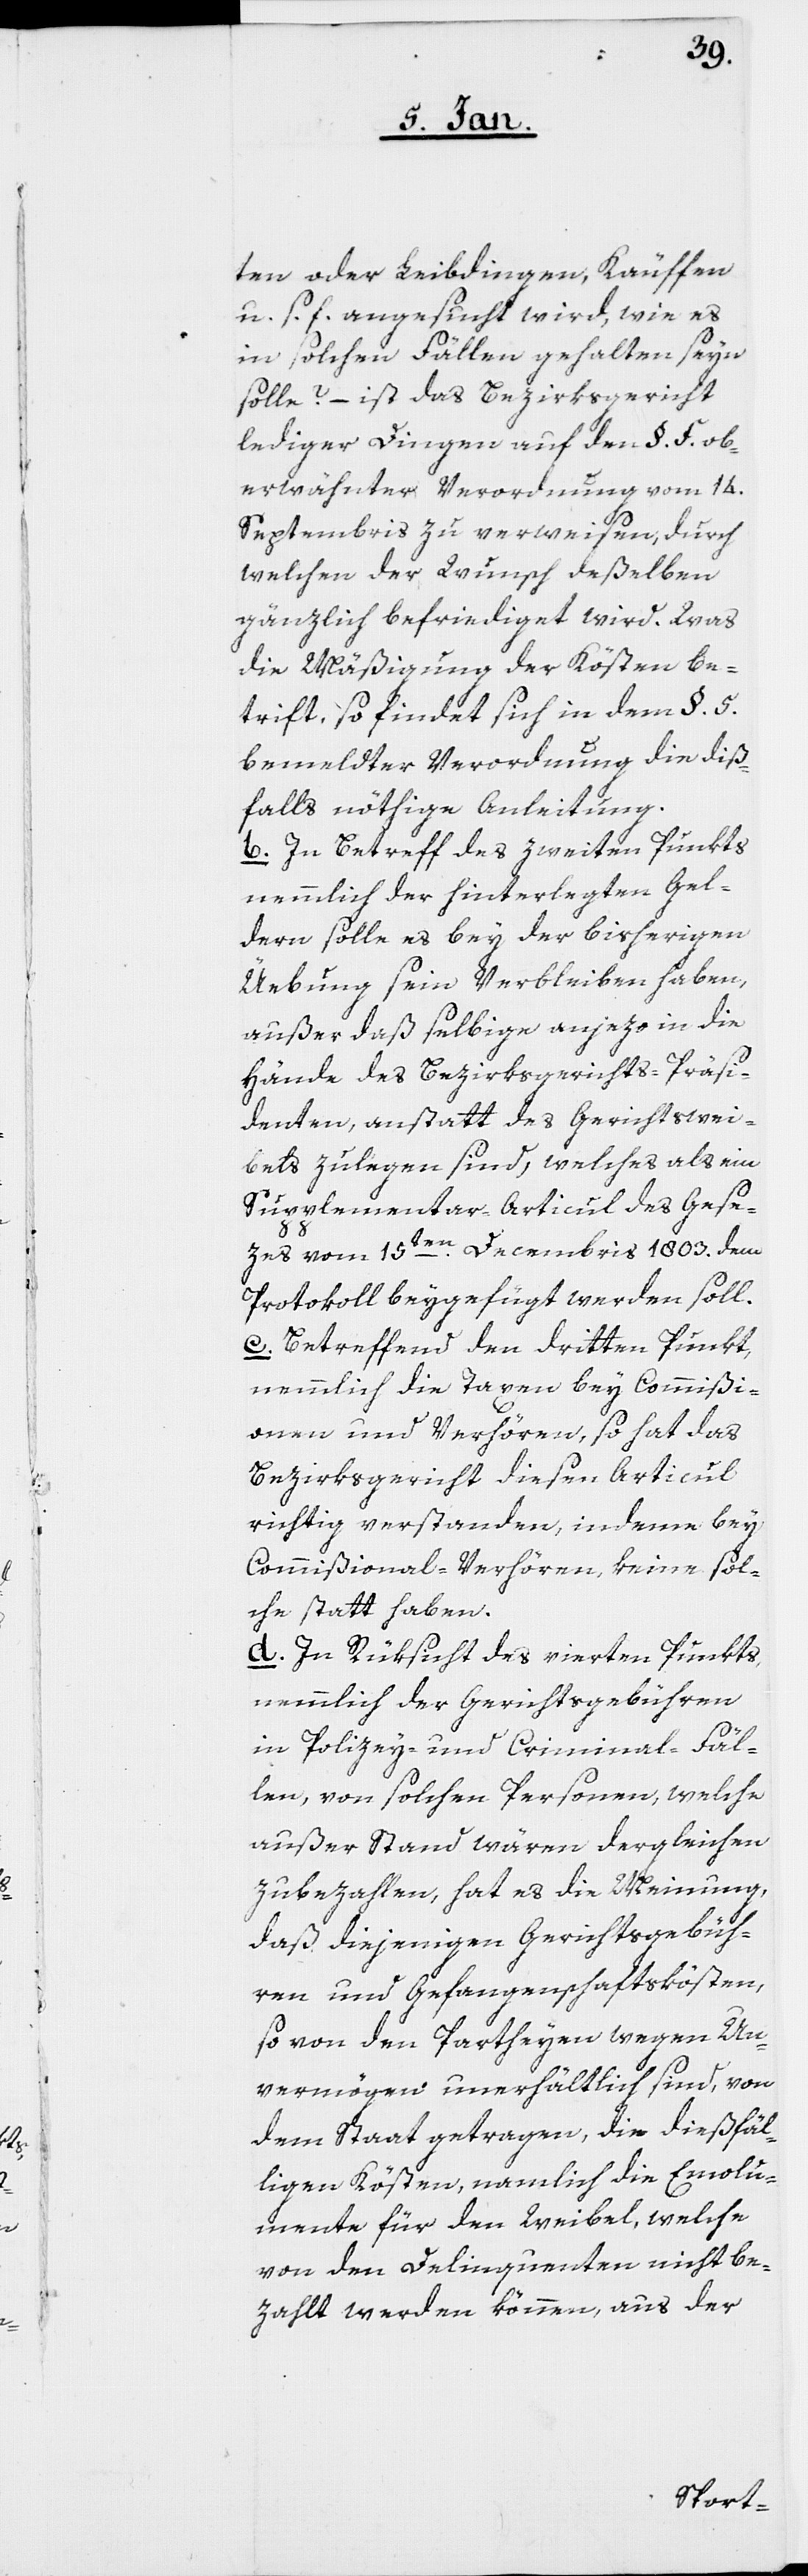
ten oder Leibdingen, Käuffen
u. s. f. angesucht wird, wie es
in solchen Fällen gehalten seyn
solle? – ist das Bezirksgericht
lediger Dingen auf den §. F. ob¬
erwähnter Verordnung vom 14.
Septembris zu verweisen, durch
welchen der Wunsch deßelben
gänzlich befriediget wird. Was
die Mäßigung der Kösten be¬
trift, so findet sich in dem §. 5.
bemeldter Verordnung die diß¬
falls nöthige Anleitung.
b. In Betreff des zweiten Punkts,
nemmlich der hinterlegten Gel¬
dern solle es bey der bisherigen
Üebung sein Verbleiben haben,
außer daß selbige anjezo in die
Hände des Bezirksgerichts-Präsi¬
denten, anstatt des Gerichtswei¬
bels zu legen sind, welches als ein
Supplementar-Articul des Gese¬
zes vom 15ten. Decembris 1803. dem
Protokoll beygefügt werden soll.
c. Betreffend den dritten Punkt,
nemmlich die Taxen bey Commißi¬
onen und Verhören, so hat das
Bezirksgericht diesen Articul
richtig verstanden, indeme bey
Commißional-Verhören, keine sol¬
che statthaben.
d. In Rüksicht des vierten Punkts,
nemmlich der Gerichtsgebühren
in Polizey- und Criminal-Fäl¬
len, von solchen Personen, welche
außer Stand wären dergleichen
zubezahlen, hat es die Meinung,
daß diejenigen Gerichtsgebüh¬
ren und Gefangenschaftskösten,
so von den Partheyen wegen Un¬
vermögen unerhältlich sind, von
dem Staat getragen, die dießfäl¬
ligen Kösten, namlich die Emolu¬
mente für den Weibel, welche
von den Delinquenten nicht be¬
zahlt werden können, aus der